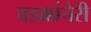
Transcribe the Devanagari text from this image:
वडक्कांचेरी